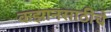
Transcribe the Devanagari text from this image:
कझानसाठीचे